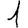
Digit: 1